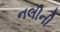
નલીની